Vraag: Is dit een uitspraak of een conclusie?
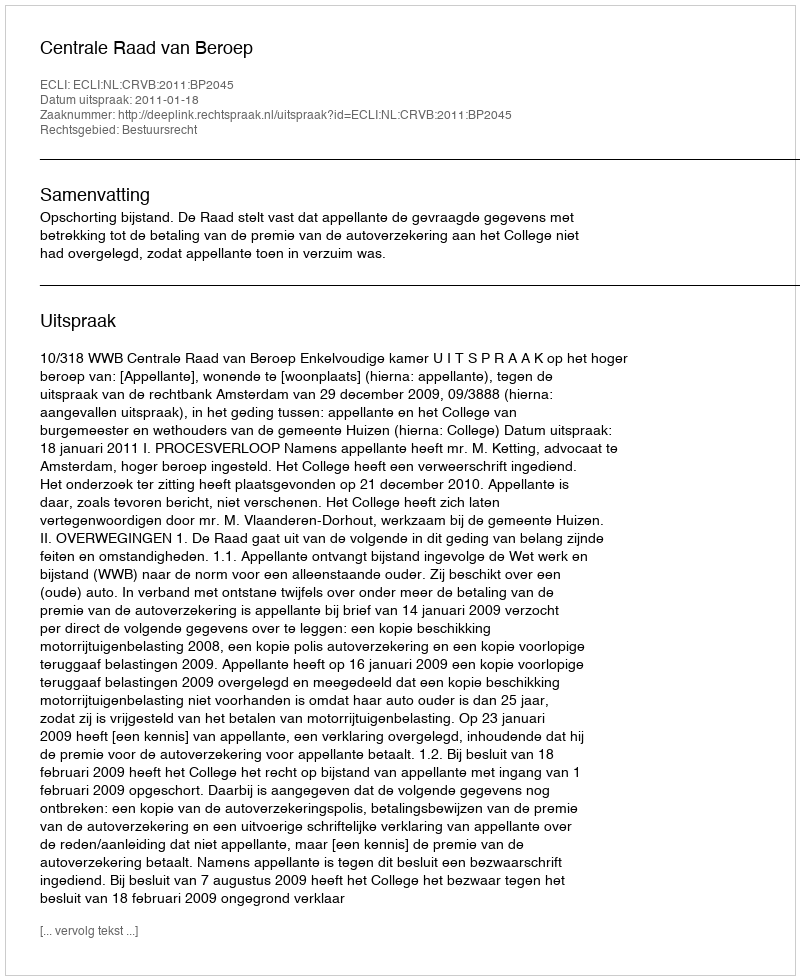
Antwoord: Uitspraak